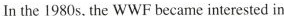
In the 1980 s, the WWF became interested in